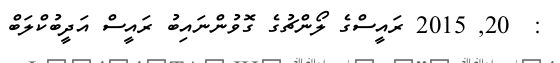
:  20